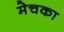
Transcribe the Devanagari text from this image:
मेचका